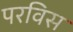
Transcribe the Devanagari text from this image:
परविस